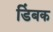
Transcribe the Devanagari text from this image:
डिंबक